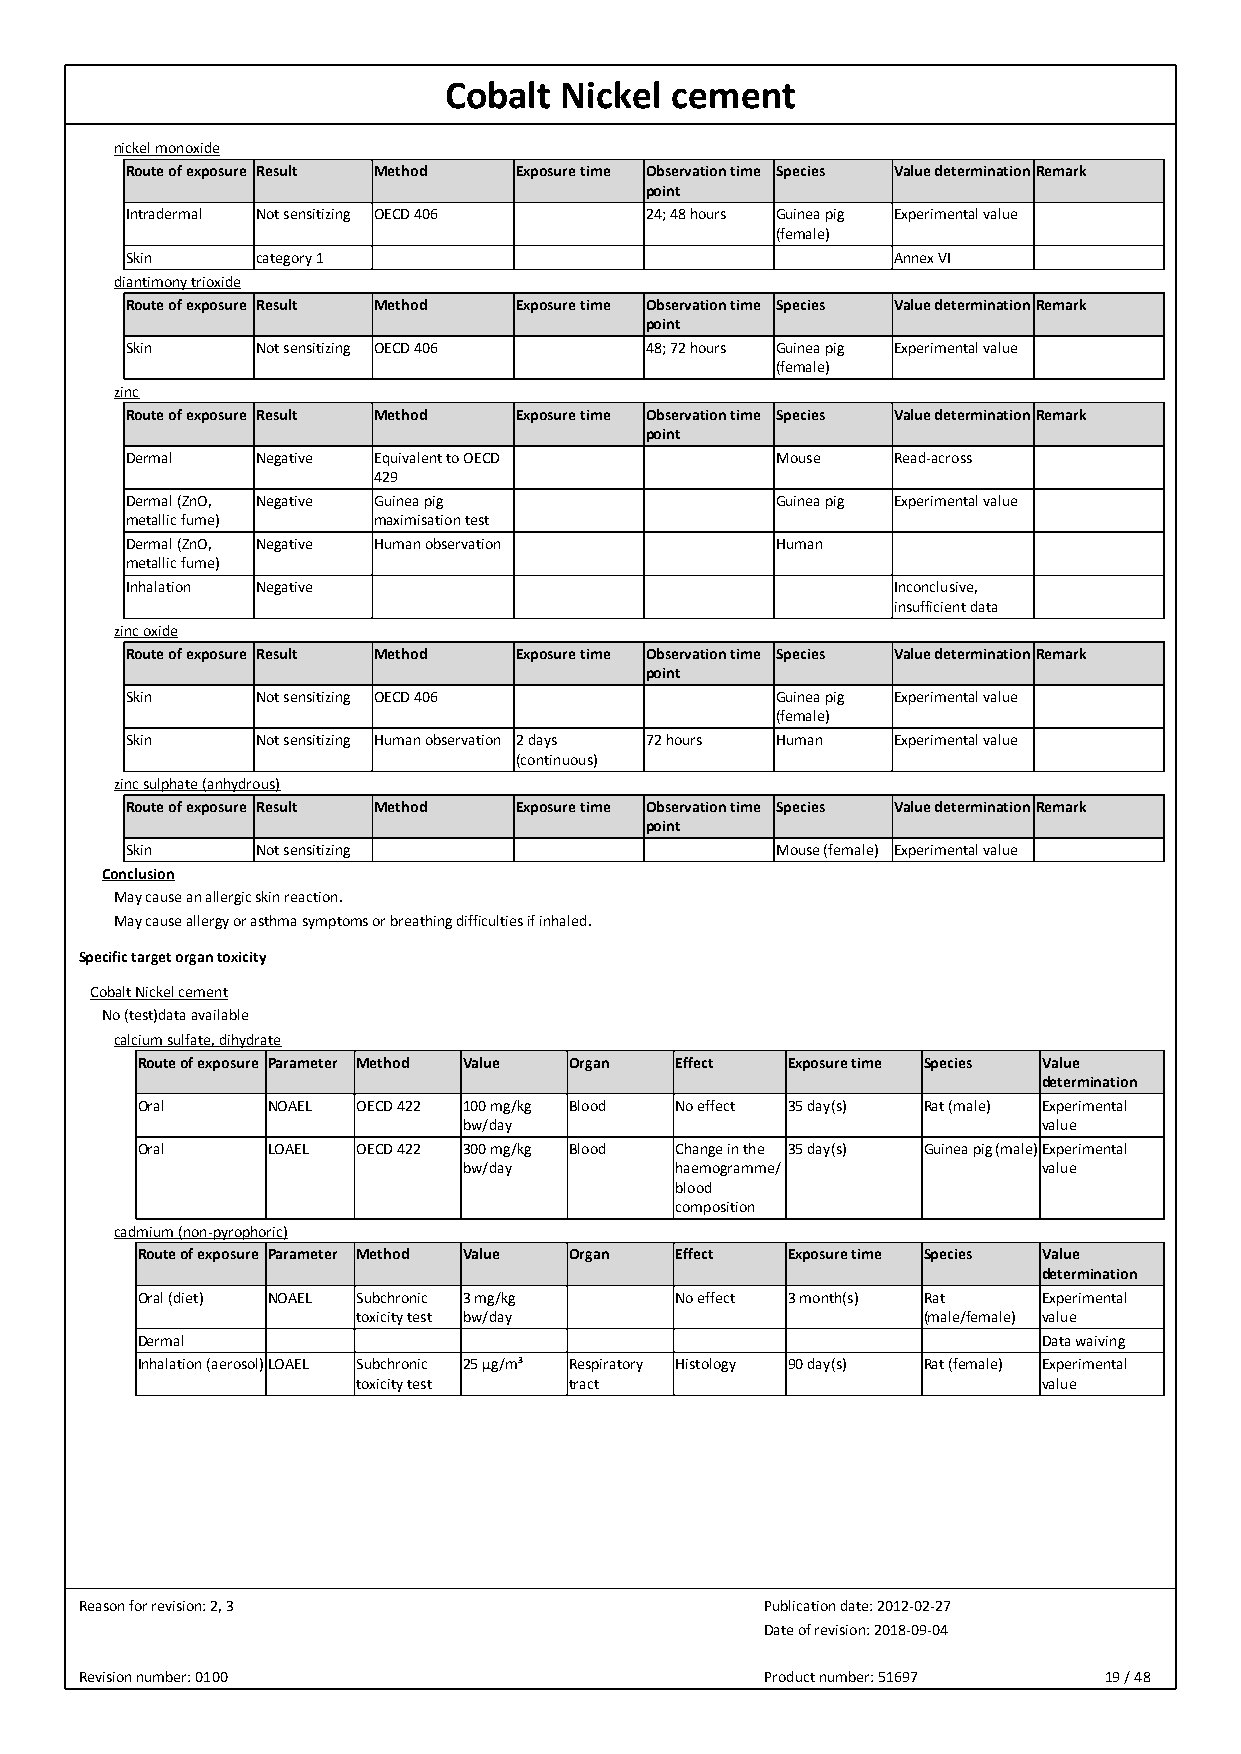
Cobalt  Nickel cement
 nickel monoxide
 Route of exposure Result Method Exposure time Observation time Species Value determinationRemark
 point
 Intradermal Not sensitizing OECD 406 24; 48 hours Guinea pig Experimental value
 (female)
 Skin     category 1                                Annex VI
 diantimony trioxide
 Route of exposure Result Method Exposure time Observation time Species Value determinationRemark
 point
 Skin     Not sensitizing OECD 406  48; 72 hours Guinea pig Experimental value
 (female)
 zinc
 Route of exposure Result Method Exposure time Observation time Species Value determinationRemark
 point
 Dermal   Negative Equivalent to OECD       Mouse   Read-across
 429
 Dermal (ZnO, Negative Guinea pig           Guinea pig Experimental value
 metallic fume)   maximisation test
 Dermal (ZnO, Negative Human observation    Human
 metallic fume)
 Inhalation Negative                                Inconclusive,
 insufficient data
 zinc oxide
 Route of exposure Result Method Exposure time Observation time Species Value determinationRemark
 point
 Skin     Not sensitizing OECD 406          Guinea pig Experimental value
 (female)
 Skin     Not sensitizing Human observation 2 days 72 hours Human Experimental value
 (continuous)
 zinc sulphate (anhydrous)
 Route of exposure Result Method Exposure time Observation time Species Value determinationRemark
 point
 Skin     Not sensitizing                   Mouse (female) Experimental value
 Conclusion
 May cause an allergic skin reaction.
 May cause allergy or asthma symptoms or breathing difficulties if inhaled.
 Specific target organ toxicity
 Cobalt Nickel cement
 No (test)data available
 calcium sulfate, dihydrate
 Route of exposure Parameter Method Value Organ Effect Exposure time Species Value
 determination
 Oral     NOAEL OECD 422 100 mg/kg Blood No effect 35 day(s) Rat (male) Experimental
 bw/day                                value
 Oral     LOAEL OECD 422 300 mg/kg Blood Change in the 35 day(s) Guinea pig (male)Experimental
 bw/day        haemogramme/            value
 blood
 composition
 cadmium (non-pyrophoric)
 Route of exposure Parameter Method Value Organ Effect Exposure time Species Value
 determination
 Oral (diet) NOAEL Subchronic 3 mg/kg No effect 3 month(s) Rat Experimental
 toxicity test bw/day                 (male/female) value
 Dermal                                                      Data waiving
 Inhalation (aerosol)LOAEL Subchronic 25 µg/m³ Respiratory Histology 90 day(s) Rat (female) Experimental
 toxicity test tract                          value
 Reason for revision: 2, 3                     Publication date: 2012-02-27
 Date of revision: 2018-09-04
 Revision number: 0100                         Product number: 51697 19 / 48